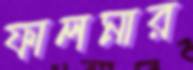
ফালমার